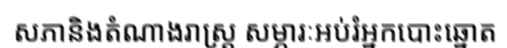
សភានិងតំណាងរាស្ត្រ សម្ភារៈអប់រំអ្នកបោះឆ្នោត